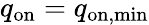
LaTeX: q_{\mathrm{on}}=q_{\mathrm{on,min}}